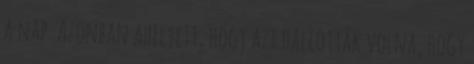
a nap. Azonban ahelyett, hogy azt hallották volna, hogy